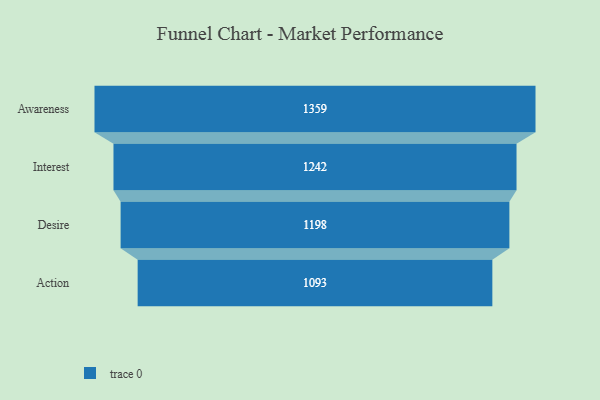
{"axis": {"x": "Stage", "y": "Value"}, "legend": [""], "data": [{"x": "Awareness", "y": 1359.0, "type": ""}, {"x": "Interest", "y": 1242.0, "type": ""}, {"x": "Desire", "y": 1198.0, "type": ""}, {"x": "Action", "y": 1093.0, "type": ""}]}